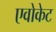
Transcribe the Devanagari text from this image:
एवोकेट